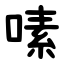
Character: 嗉